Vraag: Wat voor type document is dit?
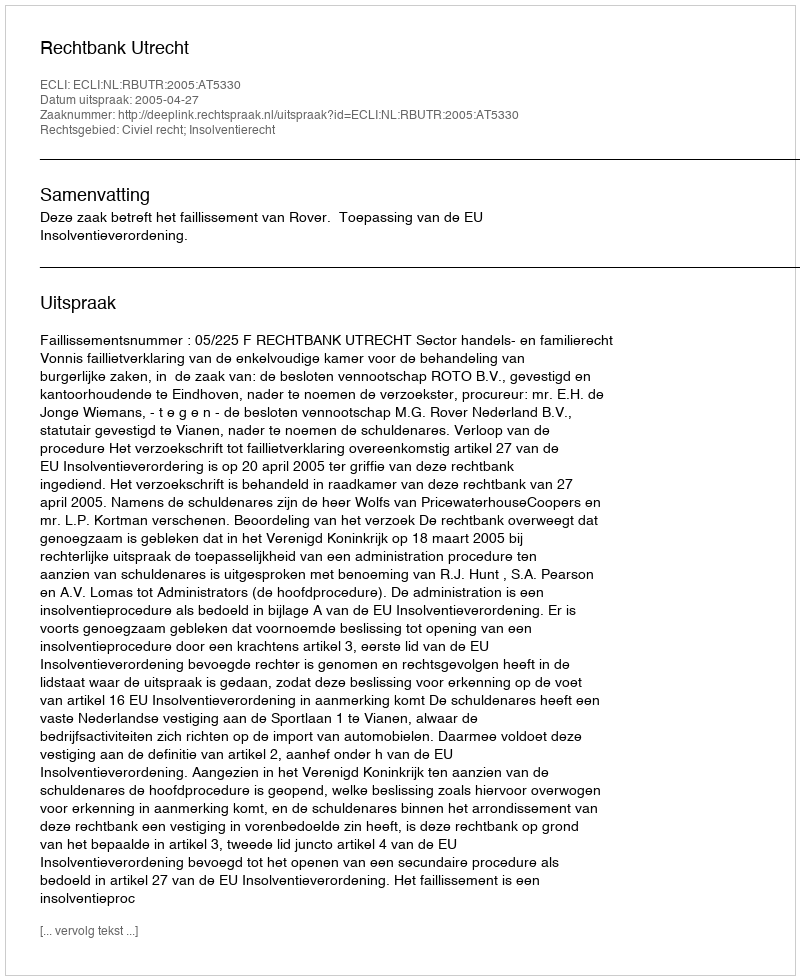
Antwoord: Uitspraak